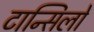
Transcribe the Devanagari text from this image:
टान्सिलों